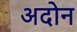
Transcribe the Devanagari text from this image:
अदोन